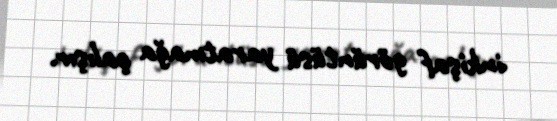
inkişaf görüntüsü yaratmağa çalışır.